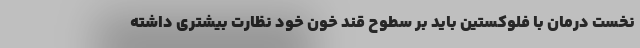
نخست درمان با فلوکستین باید بر سطوح قند خون خود نظارت بیشتری داشته